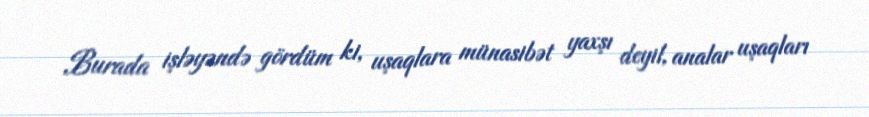
Burada işləyəndə gördüm ki, uşaqlara münasibət yaxşı deyil, analar uşaqları